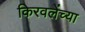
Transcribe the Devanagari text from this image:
किरवलेंच्या